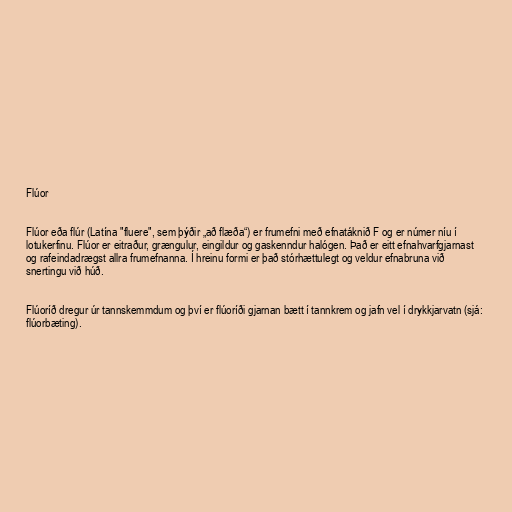
Flúor

Flúor eða flúr (Latína "fluere", sem þýðir „að flæða“) er frumefni með efnatáknið F og er númer níu í
lotukerfinu. Flúor er eitraður, grængulur, eingildur og gaskenndur halógen. Það er eitt efnahvarfgjarnast
og rafeindadrægst allra frumefnanna. Í hreinu formi er það stórhættulegt og veldur efnabruna við
snertingu við húð.

Flúoríð dregur úr tannskemmdum og því er flúoríði gjarnan bætt í tannkrem og jafn vel í drykkjarvatn (sjá:
flúorbæting).